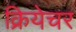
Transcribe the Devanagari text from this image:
क्रियेचर